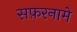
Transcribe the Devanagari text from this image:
सफ़रनामे